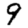
Digit: 9